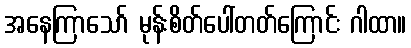
အနေကြာသော် မုန်းစိတ်ပေါ်တတ်ကြောင်း ဂါထာ။